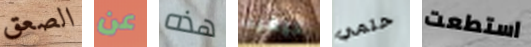
الصعق عن هذه كيفيه حتمي استطعت